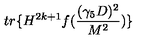
t r \{ H ^ { 2 k + 1 } f ( \frac { ( \gamma _ { 5 } D ) ^ { 2 } } { M ^ { 2 } } ) \}